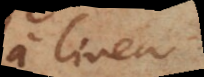
a linea